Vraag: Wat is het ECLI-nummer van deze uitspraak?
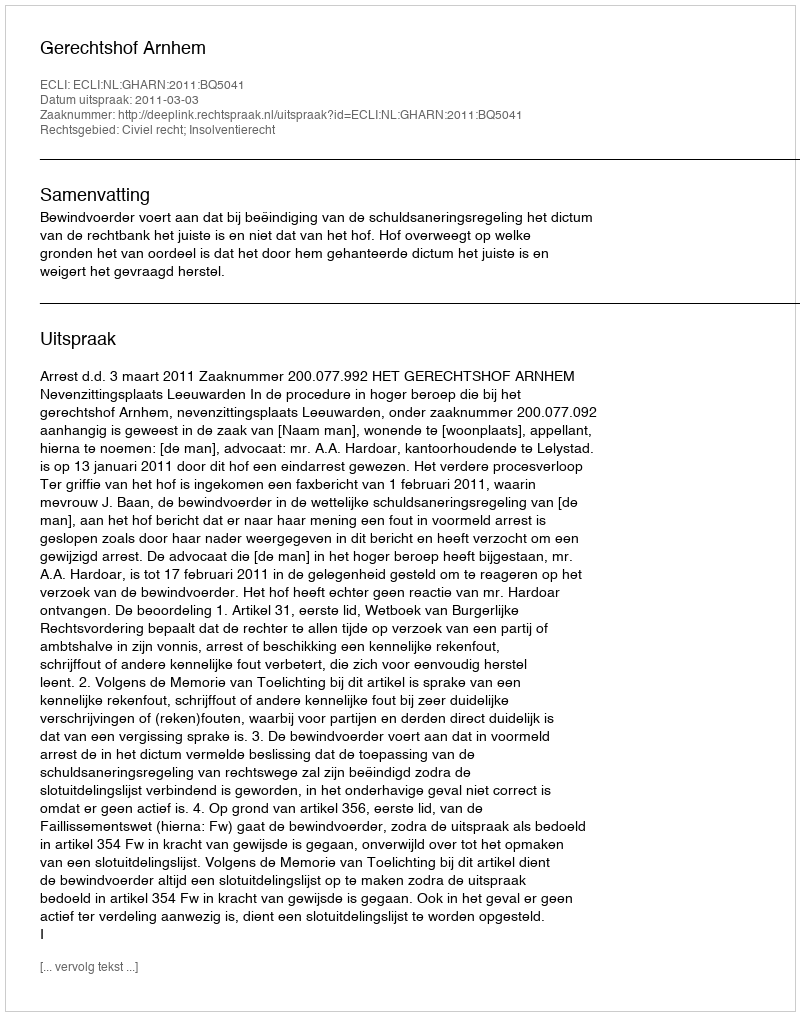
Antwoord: ECLI:NL:GHARN:2011:BQ5041